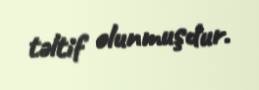
təltif olunmuşdur.